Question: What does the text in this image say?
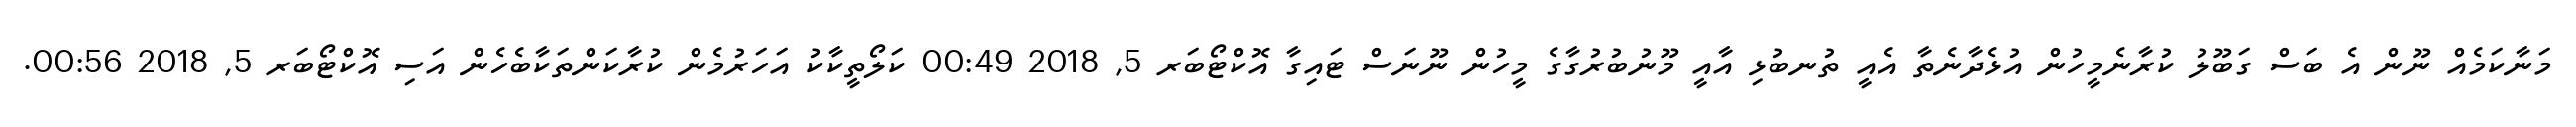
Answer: މަނާކަމެއް ނޫން އެ ބަސް ގަބޫލު ކުރާނެމީހުން އުޅެދާނެތާ އެއީ ތުނބުޅި އާއީ މޫނުބުރުގާގެ މީހުން ނޫނަސް ޓައިގާ އޮކްޓޯބަރ 5, 2018 00:49 ކަލޯތީކާކު އަހަރުމެން ކުރާކަންތަކާބެހެން އަސި އޮކްޓޯބަރ 5, 2018 00:56.